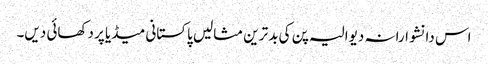
اس دانشوارانہ دیوالیہ پن کی بد ترین مثالیں پاکستانی میڈیا پر دکھائی دیں۔